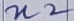
Text: n2